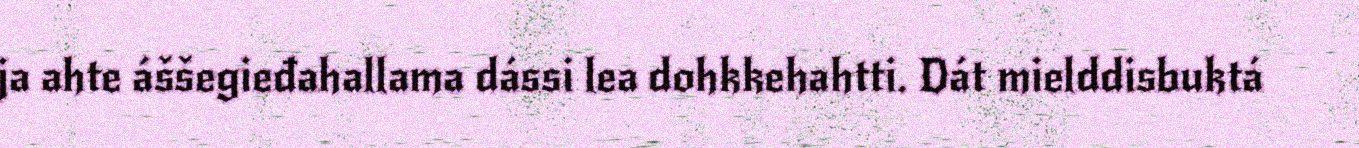
ja ahte áššegieđahallama dássi lea dohkkehahtti. Dát mielddisbuktá